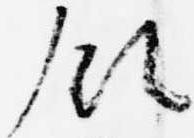
領